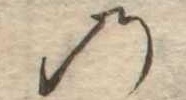
の